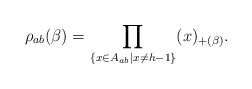
\begin{align*}\rho_{ab}(\beta)=\prod_{\{x\in A_{ab}|x\neq h-1\}}(x)_{+(\beta)}.\end{align*}